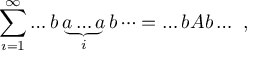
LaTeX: \sum _ { \i = 1 } ^ { \infty } \dots b \underbrace { a \dots a } _ { i } b \dots = \dots b A b \dots \ ,